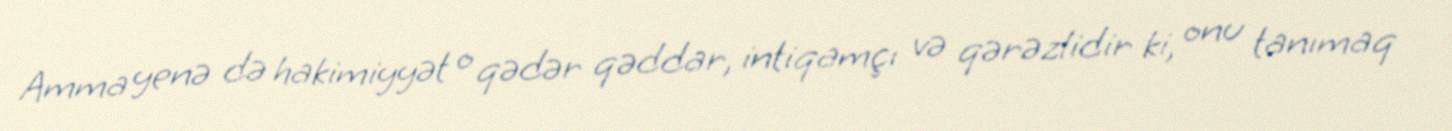
Amma yenə də hakimiyyət o qədər qəddar, intiqamçı və qərəzlidir ki, onu tanımaq